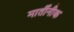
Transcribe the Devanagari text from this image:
मार्तीनीक